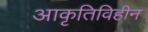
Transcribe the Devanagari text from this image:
आकृतिविहीन